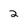
Character: 2